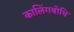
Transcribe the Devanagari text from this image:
कालिंगबोधि